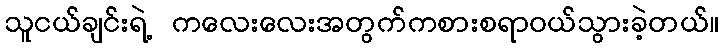
သူငယ်ချင်းရဲ့ ကလေးလေးအတွက်ကစားစရာဝယ်သွားခဲ့တယ်။